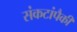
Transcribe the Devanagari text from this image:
संकटांपैकी